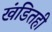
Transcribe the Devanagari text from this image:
खंडितही